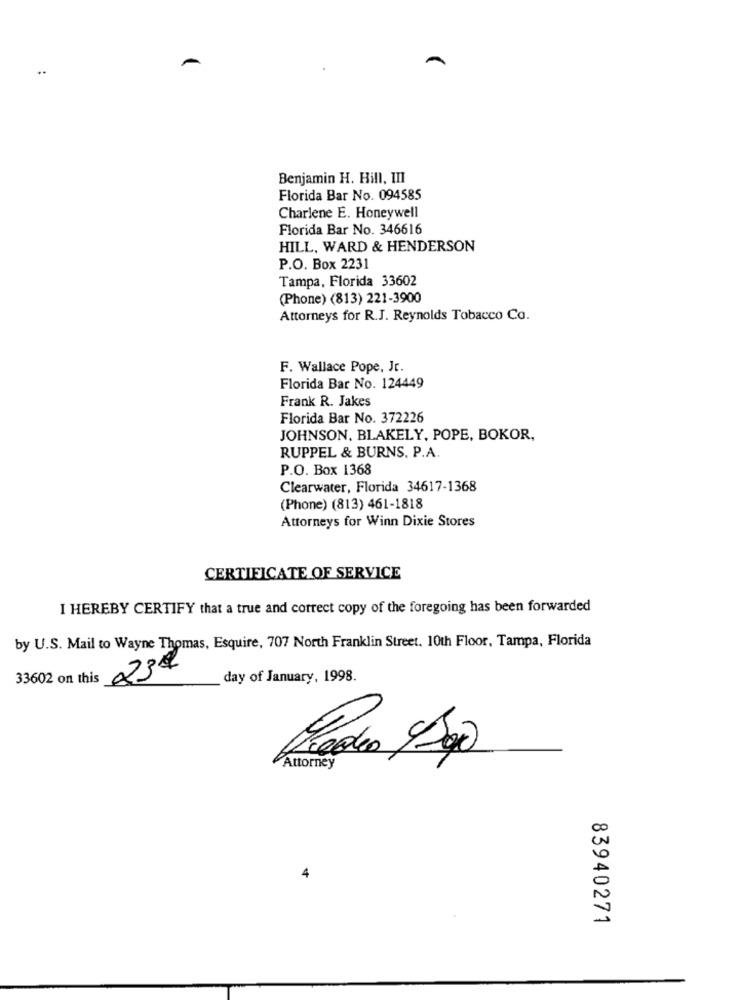
Benjamin H. Hill, III
Florida Bar No. 094585
Charlene E. Honeywell
Florida Bar No. 346616
HILL, WARD & HENDERSON
P.O. Box 2231
Tampa, Florida 33602
(Phone) (813) 221-3900
Attorneys for R.J. Reynolds Tobacco Co.
F. Wallace Pope, Jt.
Florida Bar No. 124449
Frank R. Jakes
Florida Bar No. 372226
JOHNSON, BLAKELY, POPE, BOKOR,
RUPPEL & BURNS. P.A.
P.O. Box 1368
Clearwater, Florida 34617-1368
(Phone) (813) 461-1818
Attorneys for Winn Dixie Stores
CERTIFICATE OF SERVICE
I HEREBY CERTIFY that a true and correct copy of the foregoing has been forwarded
by U.S. Mail to Wayne Thomas, Esquire, 707 North Franklin Street. 10th Floor, Tampa, Florida
232
33602 on this
day of January, 1998.
Attorney
83940271